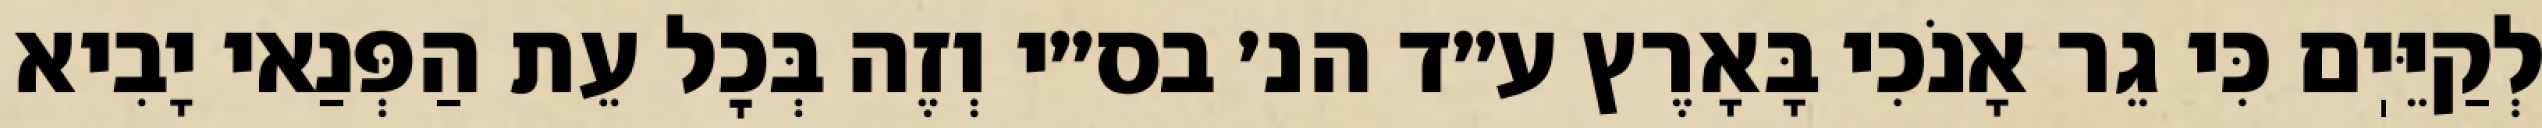
לְקַיֵּיֽם כִּי גֵר אָנֹכִי בָּאָרֶץ ע״ד הנ׳ בס״י וְזֶה בְּכׇל עֵת הַפְּנַאי יָבִיא